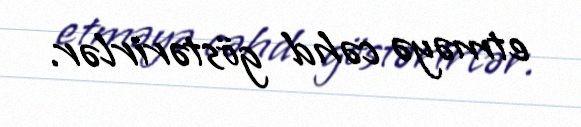
etməyə cəhd göstərirlər.